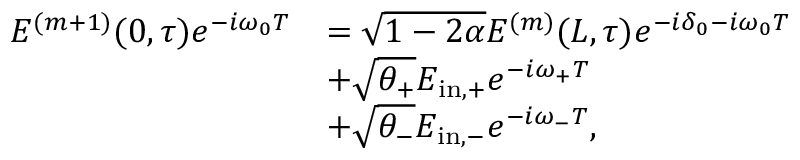
\begin{array} { r l } { E ^ { ( m + 1 ) } ( 0 , \tau ) e ^ { - i \omega _ { 0 } T } } & { = \sqrt { 1 - 2 \alpha } E ^ { ( m ) } ( L , \tau ) e ^ { - i \delta _ { 0 } - i \omega _ { 0 } T } } \\ & { + \sqrt { \theta _ { + } } E _ { \mathrm { i n , + } } e ^ { - i \omega _ { + } T } } \\ & { + \sqrt { \theta _ { - } } E _ { \mathrm { i n , - } } e ^ { - i \omega _ { - } T } , } \end{array}